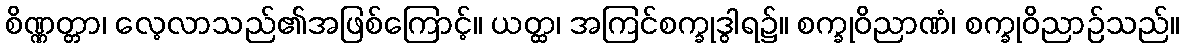
စိဏ္ဏတ္တာ၊ လေ့လာသည်၏အဖြစ်ကြောင့်။ ယတ္ထ၊ အကြင်စက္ခုဒွါရ၌။ စက္ခုဝိညာဏံ၊ စက္ခုဝိညာဉ်သည်။